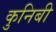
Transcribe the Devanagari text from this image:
कुनिबी